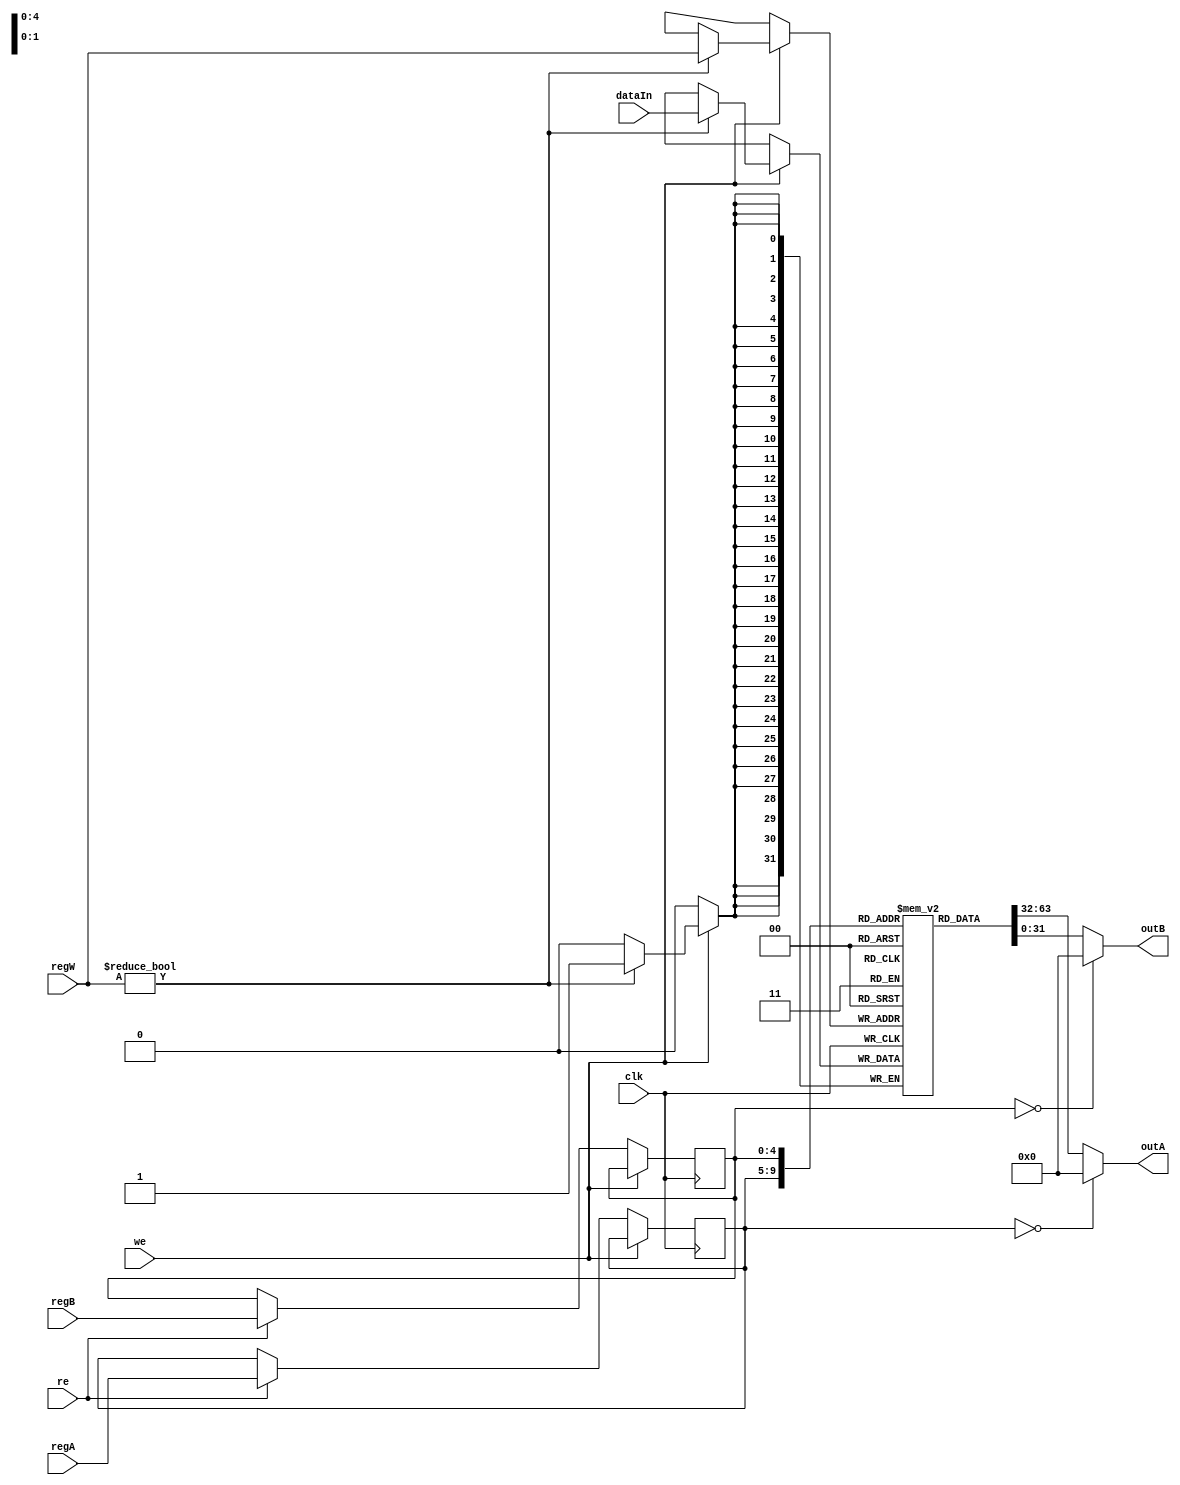
module RegFile #(
    parameter TAG = "RegFile"
) (
    input wire clk,
    input wire [4:0] regA, regB, regW,
    input wire [31:0] dataIn,
    input wire we, re,
    output wire [31:0] outA, outB
);
    reg [31:0] regs[31:0];
    reg [4:0] A, B;
    
    always @(posedge clk) begin
        if(we) begin
            if(regW != 0) begin
                regs[regW] <= dataIn;
                `ifdef DEBUG_DISPLAY
                $display({"[", TAG, "]written data (0x%x) to register $%d"}, dataIn, regW);
                `endif
            end
        end else if(re) begin
            A <= regA;
            B <= regB;
            `ifdef DEBUG_DISPLAY
            $display({"[", TAG, "]read register $%d and $%d, data (0x%x) and (0x%x)"}, regA, regB, regs[regA], regs[regB]);
            `endif
        end
    end

    assign outA = A == 5'd0 ? 32'd0 : regs[A];
    assign outB = B == 5'd0 ? 32'd0 : regs[B];
endmodule // RegFile